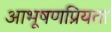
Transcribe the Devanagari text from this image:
आभूषणप्रियता